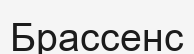
Брассенс